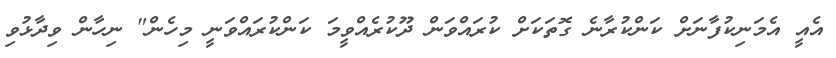
އެއީ އެމަނިކުފާނަށް ކަންކުރާނެ ގޮތަކަށް ކުރައްވަން ދޫކުރެއްވީމަ ކަންކުރައްވަނީ މިހެން" ނިހާން ވިދާޅުވި